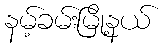
နမ့်ခမ်းမြို့နယ်